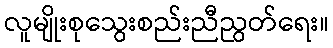
လူမျိုးစုသွေးစည်းညီညွတ်ရေး။